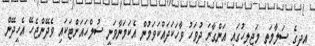
އދގެ ސަލާމަތީ މަޖިލީހުގައި އަންގާރަ ދުވަހު ވާހަކަދައްކަވަމުން އެކަމަނާވަނީ ސުލްހައަށްޓަކައި ވެދޭންޖެހޭ އެހީދޭން